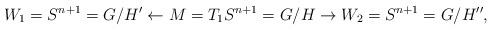
LaTeX: \begin{gather*}W_1=S^{n+1} = G/H' \leftarrow M=T_1S^{n+1} = G/H\rightarrow W_2=S^{n+1} = G/H'',\end{gather*}